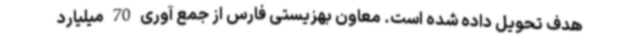
هدف تحویل داده شده است. معاون بهزیستی فارس از جمع آوری 70 میلیارد